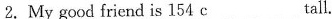
2.My good friend is 154 c___tall.